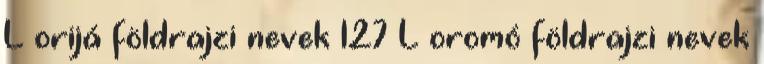
L orijá földrajzi nevek‎ 127 L oromó földrajzi nevek‎